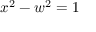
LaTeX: x ^ { 2 } - w ^ { 2 } = 1